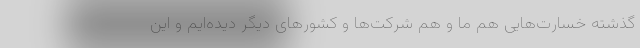
گذشته خسارت‌هایی هم ما و هم شرکت‌ها و کشورهای دیگر دیده‌ایم و این